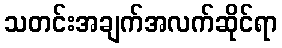
သတင်းအချက်အလက်ဆိုင်ရာ